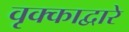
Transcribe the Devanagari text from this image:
वृक्काद्वारे